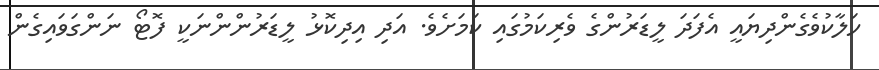
ހަލާކުވެގެންދިޔައީ އެފަދަ ލީޑަރުންގެ ވެރިކަމުގައި ކަމަށެވެ. އަދި އިދިކޮޅު ލީޑަރުންންނަކީ ފޮޓޯ ނަންގަވައިގެން